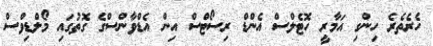
ހެރެތެރެ ހިންގި އަމާރީ ހޮޓެލްސް އެންޑް ރިސޯޓްސް އިން އެޑްވާންސްގެ ގޮތުގައި މޯލްޑިވްސް